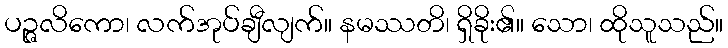
ပဉ္ဇလိကော၊ လက်အုပ်ချီလျက်။ နမဿတိ၊ ရှိခိုး၏။ သော၊ ထိုသူသည်။